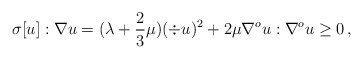
\begin{align*} \sigma[u] : \nabla u = (\lambda + \frac{2}{3} \mu) (\div u)^2 + 2\mu \nabla^o u : \nabla^o u \geq 0\, ,\end{align*}